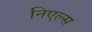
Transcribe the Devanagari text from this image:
निएल्स